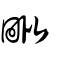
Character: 毗